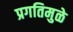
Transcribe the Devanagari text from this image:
प्रगतिमुळे